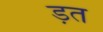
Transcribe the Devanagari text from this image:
ड़त